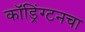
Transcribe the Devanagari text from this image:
कॉड्रिंग्टनचा